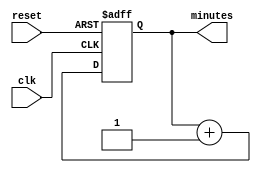
module minute_counter(
  input clk,
  input reset,
  output reg [5:0] minutes
);

  always @(posedge clk or posedge reset) begin
    if (reset) begin
      minutes <= 0;
    end else begin
      if (minutes == 5'b1111 && seconds == 5'b11111) begin
        minutes <= 0;
      end else begin
        minutes <= minutes + 1;
      end
    end
  end

endmodule